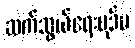
ဆက်သွယ်ရေးပုဒ်မ